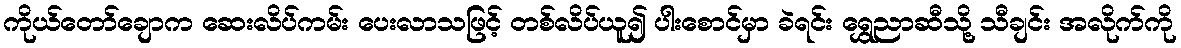
ကိုယ်တော်ချောက ဆေးလိပ်ကမ်း ပေးလာသဖြင့် တစ်လိပ်ယူ၍ ပါးစောင်မှာ ခဲရင်း ရွှေညာဆီသို့ သီချင်း အလိုက်ကို